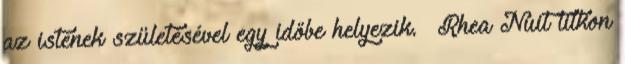
az istenek születésével egy időbe helyezik. «Rhea Nuit titkon